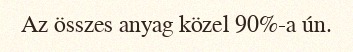
Az összes anyag közel 90%-a ún.